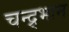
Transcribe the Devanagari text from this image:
चन्द्र्भान